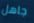
جاهل